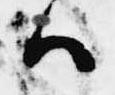
ハ